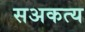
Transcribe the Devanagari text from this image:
सअकत्य